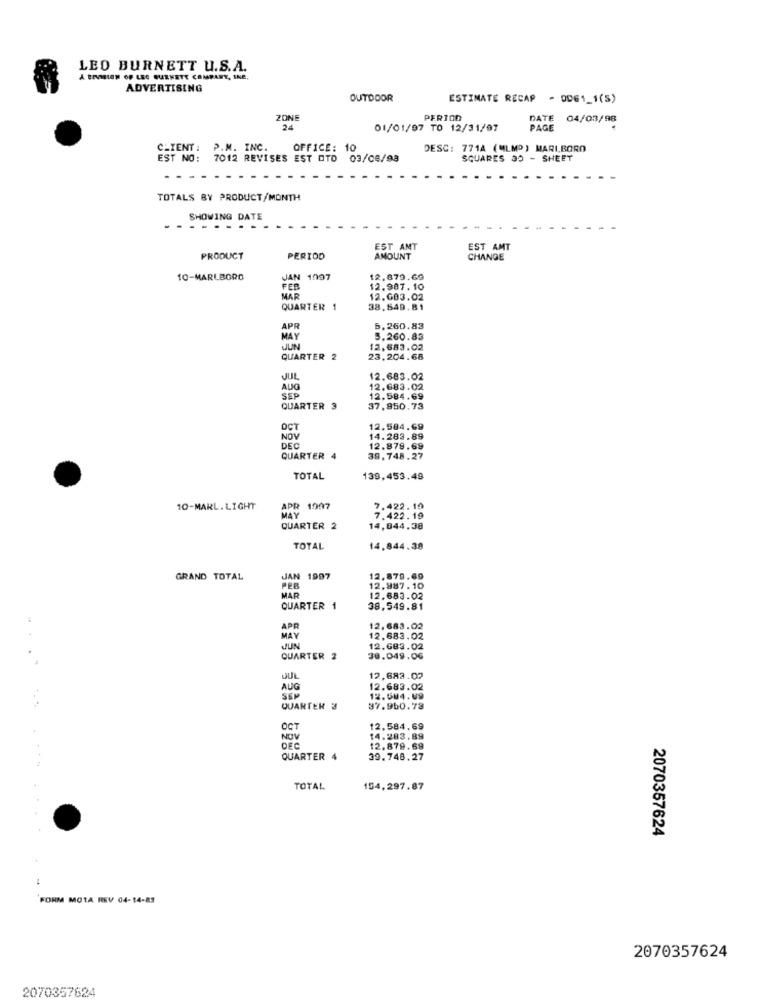
LEO BURNETT U.S.A.
A ENVIEION OF LEC BURNETT COMPANY, INC.
ADVERTISING
OUTDOOR
ESTIMATE RECAP - OD61_1(5)
ZONE
PERIOD
DATE 04/03/98
24
01/01/97 TO 12/31/97
PAGE
CLIENT :
P.M. INC.
OFFICE: 10
DESC: 771A (MLMD) MARLBORO
EST NO: 7012 REVISES EST OTO 03/06/98
SQUARES 30 - SHEET
TOTALS BY PRODUCT/MONTH
SHOWING DATE
...
EST AMT
EST AMT
PRODUCT
PERIOD
AMOUNT
CHANGE
10-MARLBORO
JAN 1997
12.879.69
FER
12.987.10
MAR
12.683.02
QUARTER 1
38.549.81
APR
5.260.83
MAY
5.260.83
JUN
12,683.02
QUARTER 2
23.204.68
JUL
12.683.02
AUG
12.683.02
SEP
12.584.69
QUARTER 3
37,950.73
OCT
12.584.69
NOV
14.283.89
DEC
12.878.69
QUARTER 4
39.748.27
TOTAL
139,453.49
10-MARL. LIGHT
APR 1997
7.422.10
MAY
7.422.19
QUARTER 2
14,844.38
TOTAL
14.844.38
GRAND TOTAL
JAN 1997
12.870.69
FEB
12.887. 10
MAR
12.683.02
QUARTER 1
38.549.81
APR
12.683.02
MAY
12,683.02
JUN
12.G83.02
QUARTER 2
30.049.00
....
12.683.02
AUG
12.683.02
SSP
12.504.09
QUARTER 3
37.960.78
OCT
12.584,69
NOV
14.283.89
DEC
12.879.69
QUARTER 4
39.748.27
TOTAL
154,297.87
2070357624
FORM MOTA REV 04-14-83
2070357624
2070357624